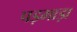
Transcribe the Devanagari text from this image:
पड़भाड़ा